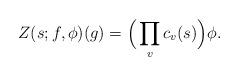
LaTeX: \begin{align*} Z(s; f, \phi)(g)=\Big(\prod_vc_v(s)\Big)\phi.\end{align*}